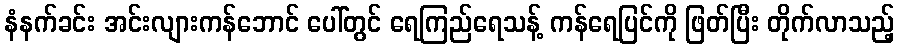
နံနက်ခင်း အင်းလျားကန်ဘောင် ပေါ်တွင် ရေကြည်ရေသန့် ကန်ရေပြင်ကို ဖြတ်ပြီး တိုက်လာသည့်